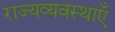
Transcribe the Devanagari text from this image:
राज्यव्यवस्थाएँ